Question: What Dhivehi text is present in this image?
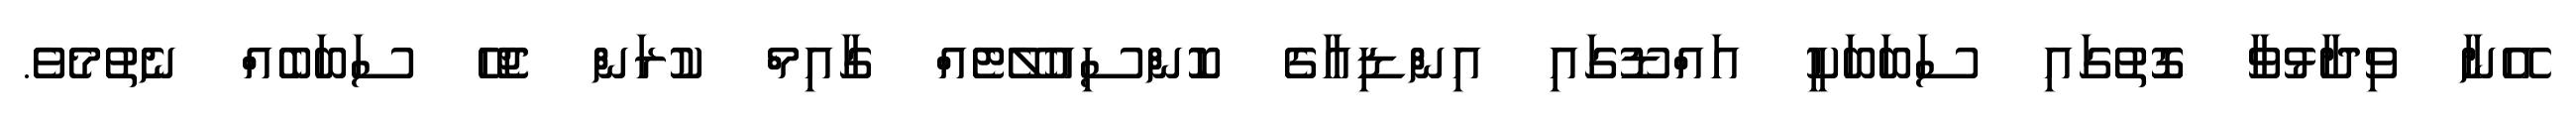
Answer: އޭނާ ވިދާޅުވާ ގޮތުގައި ސަބަބަކީ އައްޑޫގައި އިންޑިއާގެ ކޮންސިއުލޭޓެއް ގާއިމް ކުރަން ޖެހޭ ސަބަބެއް ނެތުމެވެ.